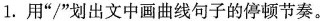
1.用“/”划出文中画曲线句子的停顿节奏。